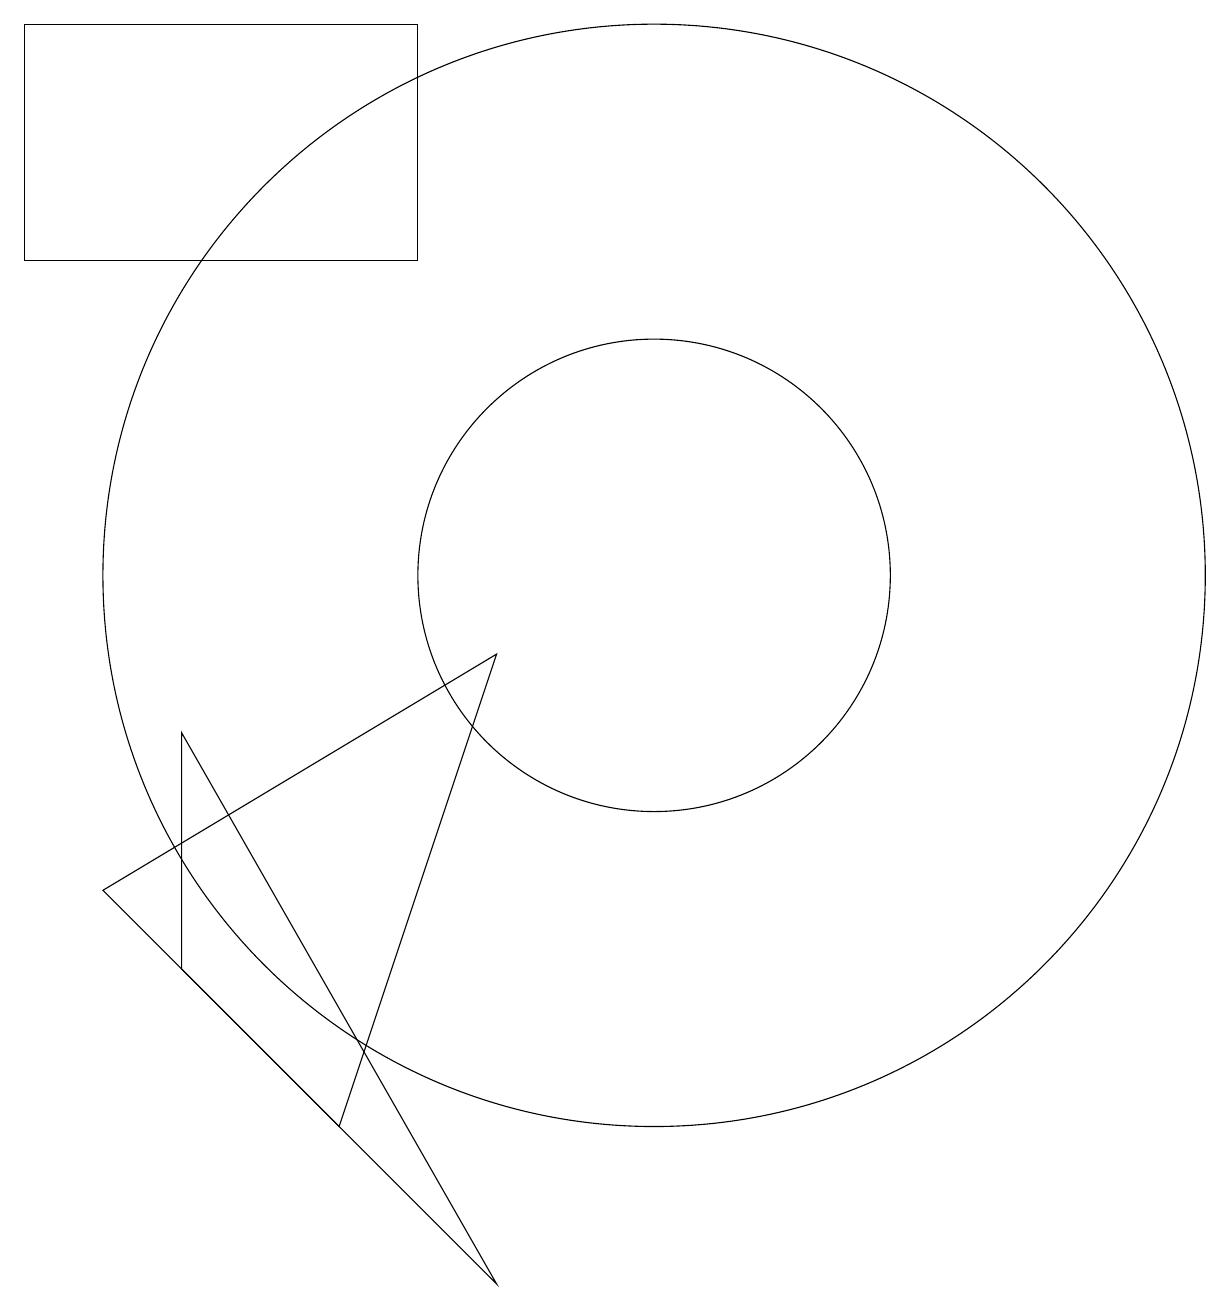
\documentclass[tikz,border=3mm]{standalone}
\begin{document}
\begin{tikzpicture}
\draw (2,14) rectangle (7,17);
\draw (10,10) circle (7);
\draw (10,10) circle (3);
\draw (8,9) -- (3,6) -- (6,3) -- cycle;
\draw (4,8) -- (4,5) -- (8,1) -- cycle;
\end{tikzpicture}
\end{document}